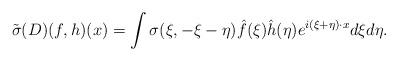
LaTeX: \begin{align*}\tilde \sigma(D) (f,h)(x)= \int \sigma(\xi, -\xi -\eta) \hat f(\xi) \hat h(\eta) e^{i (\xi+\eta) \cdot x} d\xi d\eta.\end{align*}